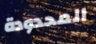
المحدودة